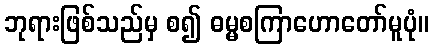
ဘုရားဖြစ်သည်မှ စ၍ ဓမ္မစကြာဟောတော်မူပုံ။